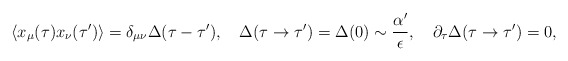
\begin{align*}\langle x_\mu(\tau) x_\nu(\tau')\rangle = \delta_{\mu\nu}\Delta (\tau -\tau'),\quad \Delta (\tau \rightarrow \tau') = \Delta (0) \sim\frac{\alpha'}{\epsilon}, \quad \partial_\tau\Delta (\tau \rightarrow \tau') = 0,\end{align*}